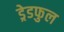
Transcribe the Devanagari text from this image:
ड्रेडफुल